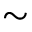
\sim